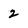
Character: 2